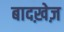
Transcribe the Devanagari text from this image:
बादख़ेज़